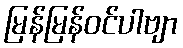
မြန်မြန်ဝင်ပါဗျာ